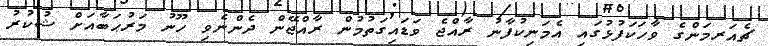
ޗެއަރމަންގެ ވާހަކަފުޅުގައި އެމަނިކުފާނު ރާއްޖެ ވަޑައިގަތުމުން ރާއްޖޭން ދެންނެވި ހޫނު މަރުޙަބާއަށް ޝުކުރު